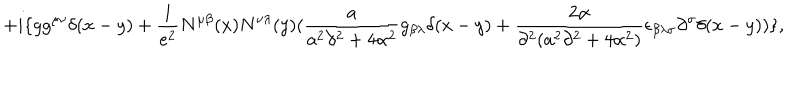
+ i \{ g g ^ { \mu \nu } \delta ( x - y ) + { \frac { 1 } { e ^ { 2 } } } N ^ { \mu \beta } ( x ) N ^ { \nu \lambda } ( y ) ( { \frac { a } { a ^ { 2 } \partial ^ { 2 } + 4 \alpha ^ { 2 } } } g _ { \beta \lambda } \delta ( x - y ) + { \frac { 2 \alpha } { \partial ^ { 2 } ( a ^ { 2 } \partial ^ { 2 } + 4 \alpha ^ { 2 } ) } } \epsilon _ { \beta \lambda \sigma } \partial ^ { \sigma } \delta ( x - y ) ) \} ,